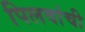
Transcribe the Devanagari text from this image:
पिलवांची